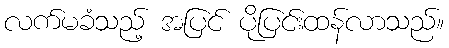
လက်မခံသည့် အပြင် ပိုပြင်းထန်လာသည်။